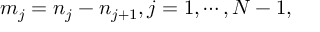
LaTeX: m _ { j } = n _ { j } - n _ { j + 1 } , j = 1 , \cdots , N - 1 ,